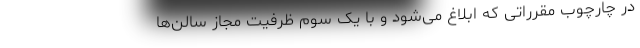
در چارچوب مقرراتی که ابلاغ می‌شود و با یک سوم ظرفیت مجاز سالن‌ها